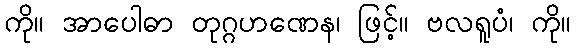
ကို။ အာပေါဓာ တုဂ္ဂဟဏေန၊ ဖြင့်။ ဗလရူပံ၊ ကို။